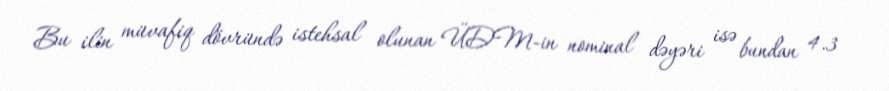
Bu ilin müvafiq dövründə istehsal olunan ÜDM-in nominal dəyəri isə bundan 4.3